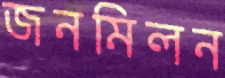
জনমিলন